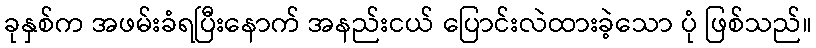
ခုနှစ်က အဖမ်းခံရပြီးနောက် အနည်းငယ် ပြောင်းလဲထားခဲ့သော ပုံ ဖြစ်သည်။